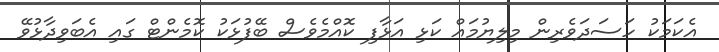
އެކަމަކު ހަސަދަވެރިން މިލިޔުމައް ކަޅި އަޅާފި ކޮއްމެވެސް ބޭފުޅަކު ކޮމެންޓް ގައި އެބަވިދާޅުވޭ